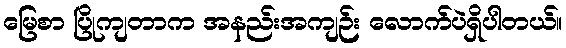
မြေစာ ပြိုကျတာက အနည်းအကျဉ်း လောက်ပဲရှိပါတယ်။